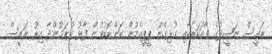
ރައީސް ނަޝީދުގެ ވާހަކަތަކާއި ގުޅިގެން ޕީޕީއެމުން ކަންބޮޑުވުން ފާޅު ކުރަމުންދާ އިރު ރައީސް